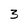
Character: 3